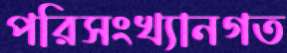
পরিসংখ্যানগত